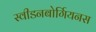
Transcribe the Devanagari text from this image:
स्वीडनबोर्गियनस